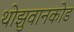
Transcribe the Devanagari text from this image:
थोझुवानकोड